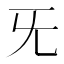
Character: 旡